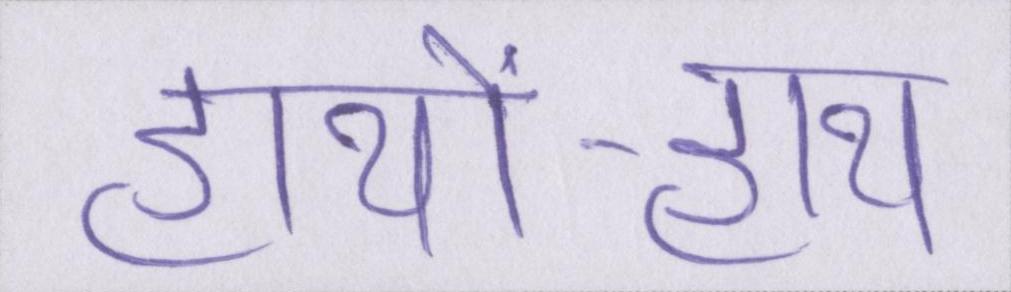
हाथों-हाथ